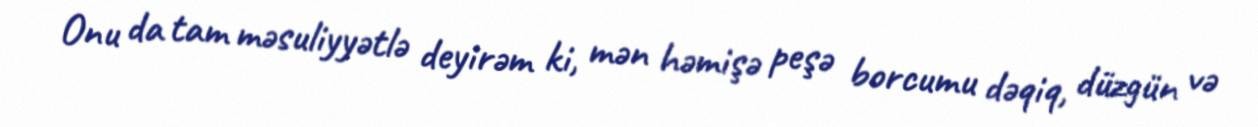
Onu da tam məsuliyyətlə deyirəm ki, mən həmişə peşə borcumu dəqiq, düzgün və